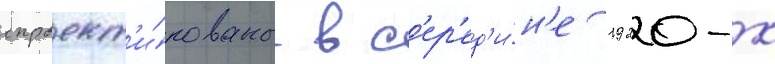
спроект'и́рованы в с'ер'ед'и́н'е 1920-х